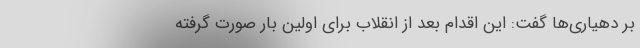
بر دهیاری‌ها گفت: این اقدام بعد از انقلاب برای اولین بار صورت گرفته